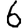
Digit: 6